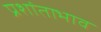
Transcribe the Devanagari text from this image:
प्रशांताभाव